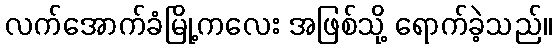
လက်အောက်ခံမြို့ကလေး အဖြစ်သို့ ရောက်ခဲ့သည်။